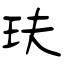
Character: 玞